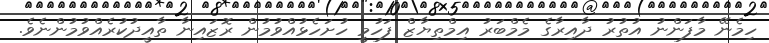
ހިމެނޭ މާފަންނު އުތުރު ދާއިރާގެ މެމްބަރު އިމްތިޔާޒް ފަހުމީ ހުށަހެޅުއްވުމުން ރޮޒައިނާ ތާއީދުކުރެއްވުމުންނެވެ.